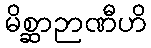
မိစ္ဆာဉာဏီဟိ